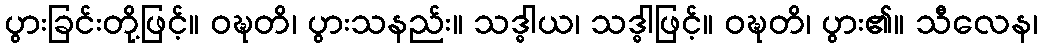
ပွားခြင်းတို့ဖြင့်။ ဝဍ္ဎတိ၊ ပွားသနည်း။ သဒ္ဓါယ၊ သဒ္ဓါဖြင့်။ ဝဍ္ဎတိ၊ ပွား၏။ သီလေန၊